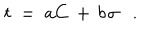
t ~ = ~ a C \, + \, b \; \! \sigma .